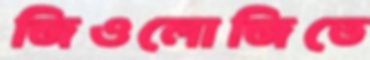
জিওলোজিতে